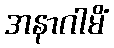
အနာဂါမိံ